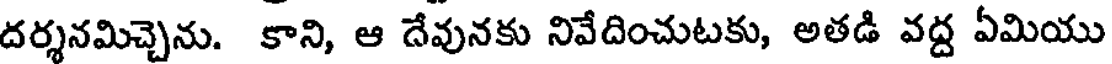
దర్శనమిచ్చెను. కాని, ఆ దేవునకు నివేదించుటకు, అతడి వద్ద ఏమియు